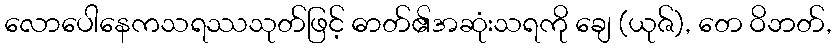
လောပေါနေကသရဿသုတ်ဖြင့် ဓာတ်၏အဆုံးသရကို ချေ (ယုဇ်), တေ ဝိဘတ်,